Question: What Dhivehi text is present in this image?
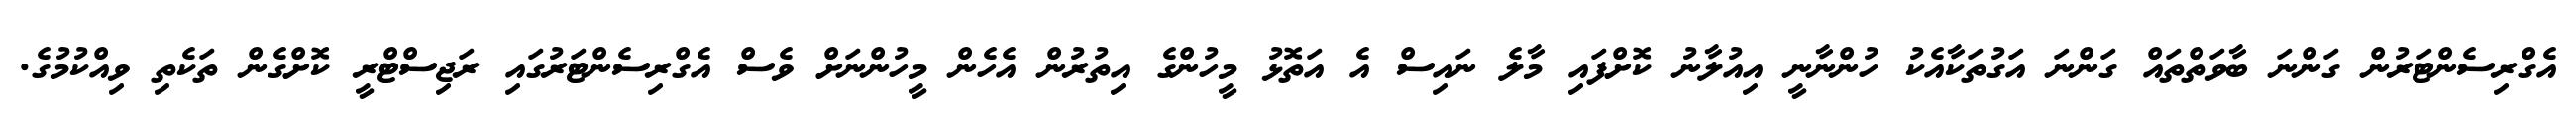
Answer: އެގްރިސެންޓަރުން ގަންނަ ބާވަތްތައް ގަންނަ އަގުތަކާއެކު ހުންނާނީ އިއުލާނު ކޮށްފައި މާލެ ނައިސް އެ އަތޮޅު މީހުންގެ އިތުރުން އެހެން މީހުންނަށް ވެސް އެގްރިސެންޓަރުގައި ރަޖިސްޓްރީ ކޮށްގެން ތަކެތި ވިއްކުމުގެ.